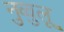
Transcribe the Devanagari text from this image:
नुव्वुलू